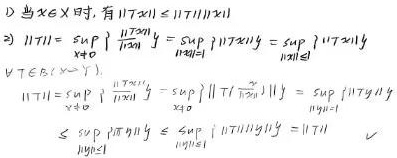
\[
\begin{align*}
&\text{D. 当}x\in X\text{时, 有}\|Tx\|\leq\|T\|\|x\|\\
&(3)\ \|T\|=\sup_{\|x\| = 0}\frac{\|Tx\|}{\|x\|}=\sup_{\|x\|\neq0}\frac{\|Tx\|}{\|x\|}=\sup_{\|x\| = 1}\|Tx\|\\
&\forall T\in\mathcal{L}(X\rightarrow Y),\\
&\|T\|=\sup_{\|x\| = 0}\frac{\|Tx\|}{\|x\|}=\sup_{\|x\|\neq0}\left\|\ T\left(\frac{x}{\|x\|}\right)\right\|=\sup_{\|y\| = 1}\|Ty\|\\
&\leq\sup_{\|y\| = 1}\|T\|\|y\|\leq\sup_{\|y\| = 1}\|T\|\|y\|\|y\|=\|T\|
\end{align*}
\]